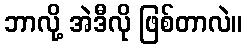
ဘာလို့ အဲဒီလို ဖြစ်တာလဲ။